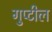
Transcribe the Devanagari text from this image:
गुप्टील